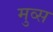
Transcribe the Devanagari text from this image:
मुव्स